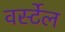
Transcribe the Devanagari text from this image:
वर्स्टेल